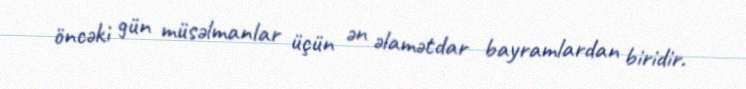
öncəki gün müsəlmanlar üçün ən əlamətdar bayramlardan biridir.